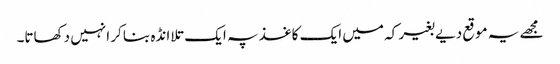
مجھے یہ موقع دیے بغیر کہ میں ایک کاغذ پہ ایک تلا انڈہ بنا کر انہیں دکھاتا۔